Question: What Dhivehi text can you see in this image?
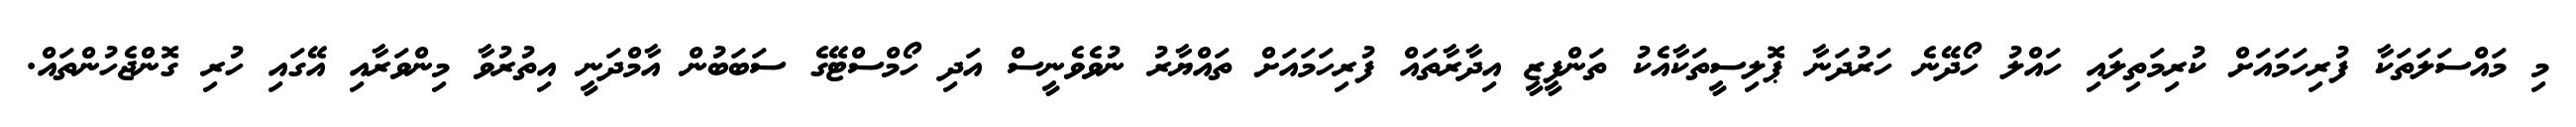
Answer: މި މައްސަލަތަކާ ފުރިހަމައަށް ކުރިމަތިލައި ހައްލު ހޯދޭނެ ހަރުދަނާ ޕޮލިސީތަކާއެކު ތަންފީޒީ އިދާރާތައް ފުރިހަމައަށް ތައްޔާރު ނުވެވެނީސް އަދި ހޯމްސްޓޭގެ ސަބަބުން އާމްދަނީ އިތުރުވާ މިންވަރާއި އޭގައި ހުރި ގޮންޖެހުންތައް.